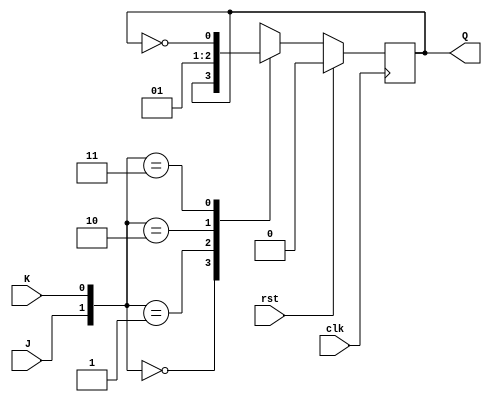
module jkfflop(input  J, K , clk ,rst, output reg Q); //synchronous reset, output has to be reg in behaviourial modelling
  always @(posedge clk) 
    begin
        if(rst)
            Q <= 1'b0;
        else 
            begin
                case({J,K})
                2'b00 : Q <= Q   ;  //same
                2'b01 : Q <= 1'b0;  //reset
                2'b10 : Q <= 1'b1;  //set
                2'b11 : Q <= ~Q  ;  //toggle
                endcase
            end
    end
endmodule